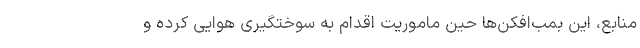
منابع، این بمب‌افکن‌ها حین ماموریت اقدام به سوختگیری هوایی کرده و